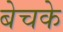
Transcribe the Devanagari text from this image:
बेचके